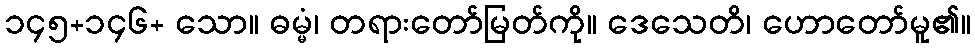
၁၄၅+၁၄၆+ သော။ ဓမ္မံ၊ တရားတော်မြတ်ကို။ ဒေသေတိ၊ ဟောတော်မူ၏။